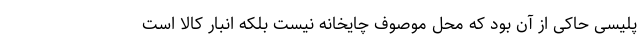
پلیسی حاکی از آن بود که محل موصوف چایخانه نیست بلکه انبار کالا است